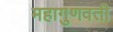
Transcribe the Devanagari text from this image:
महागुणवती